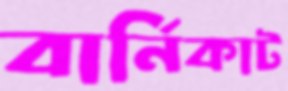
বার্নিকাট